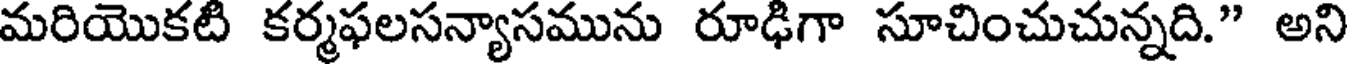
మరియొకటి కర్మఫలసన్యాసమును రూఢిగా సూచించుచున్నది." అని